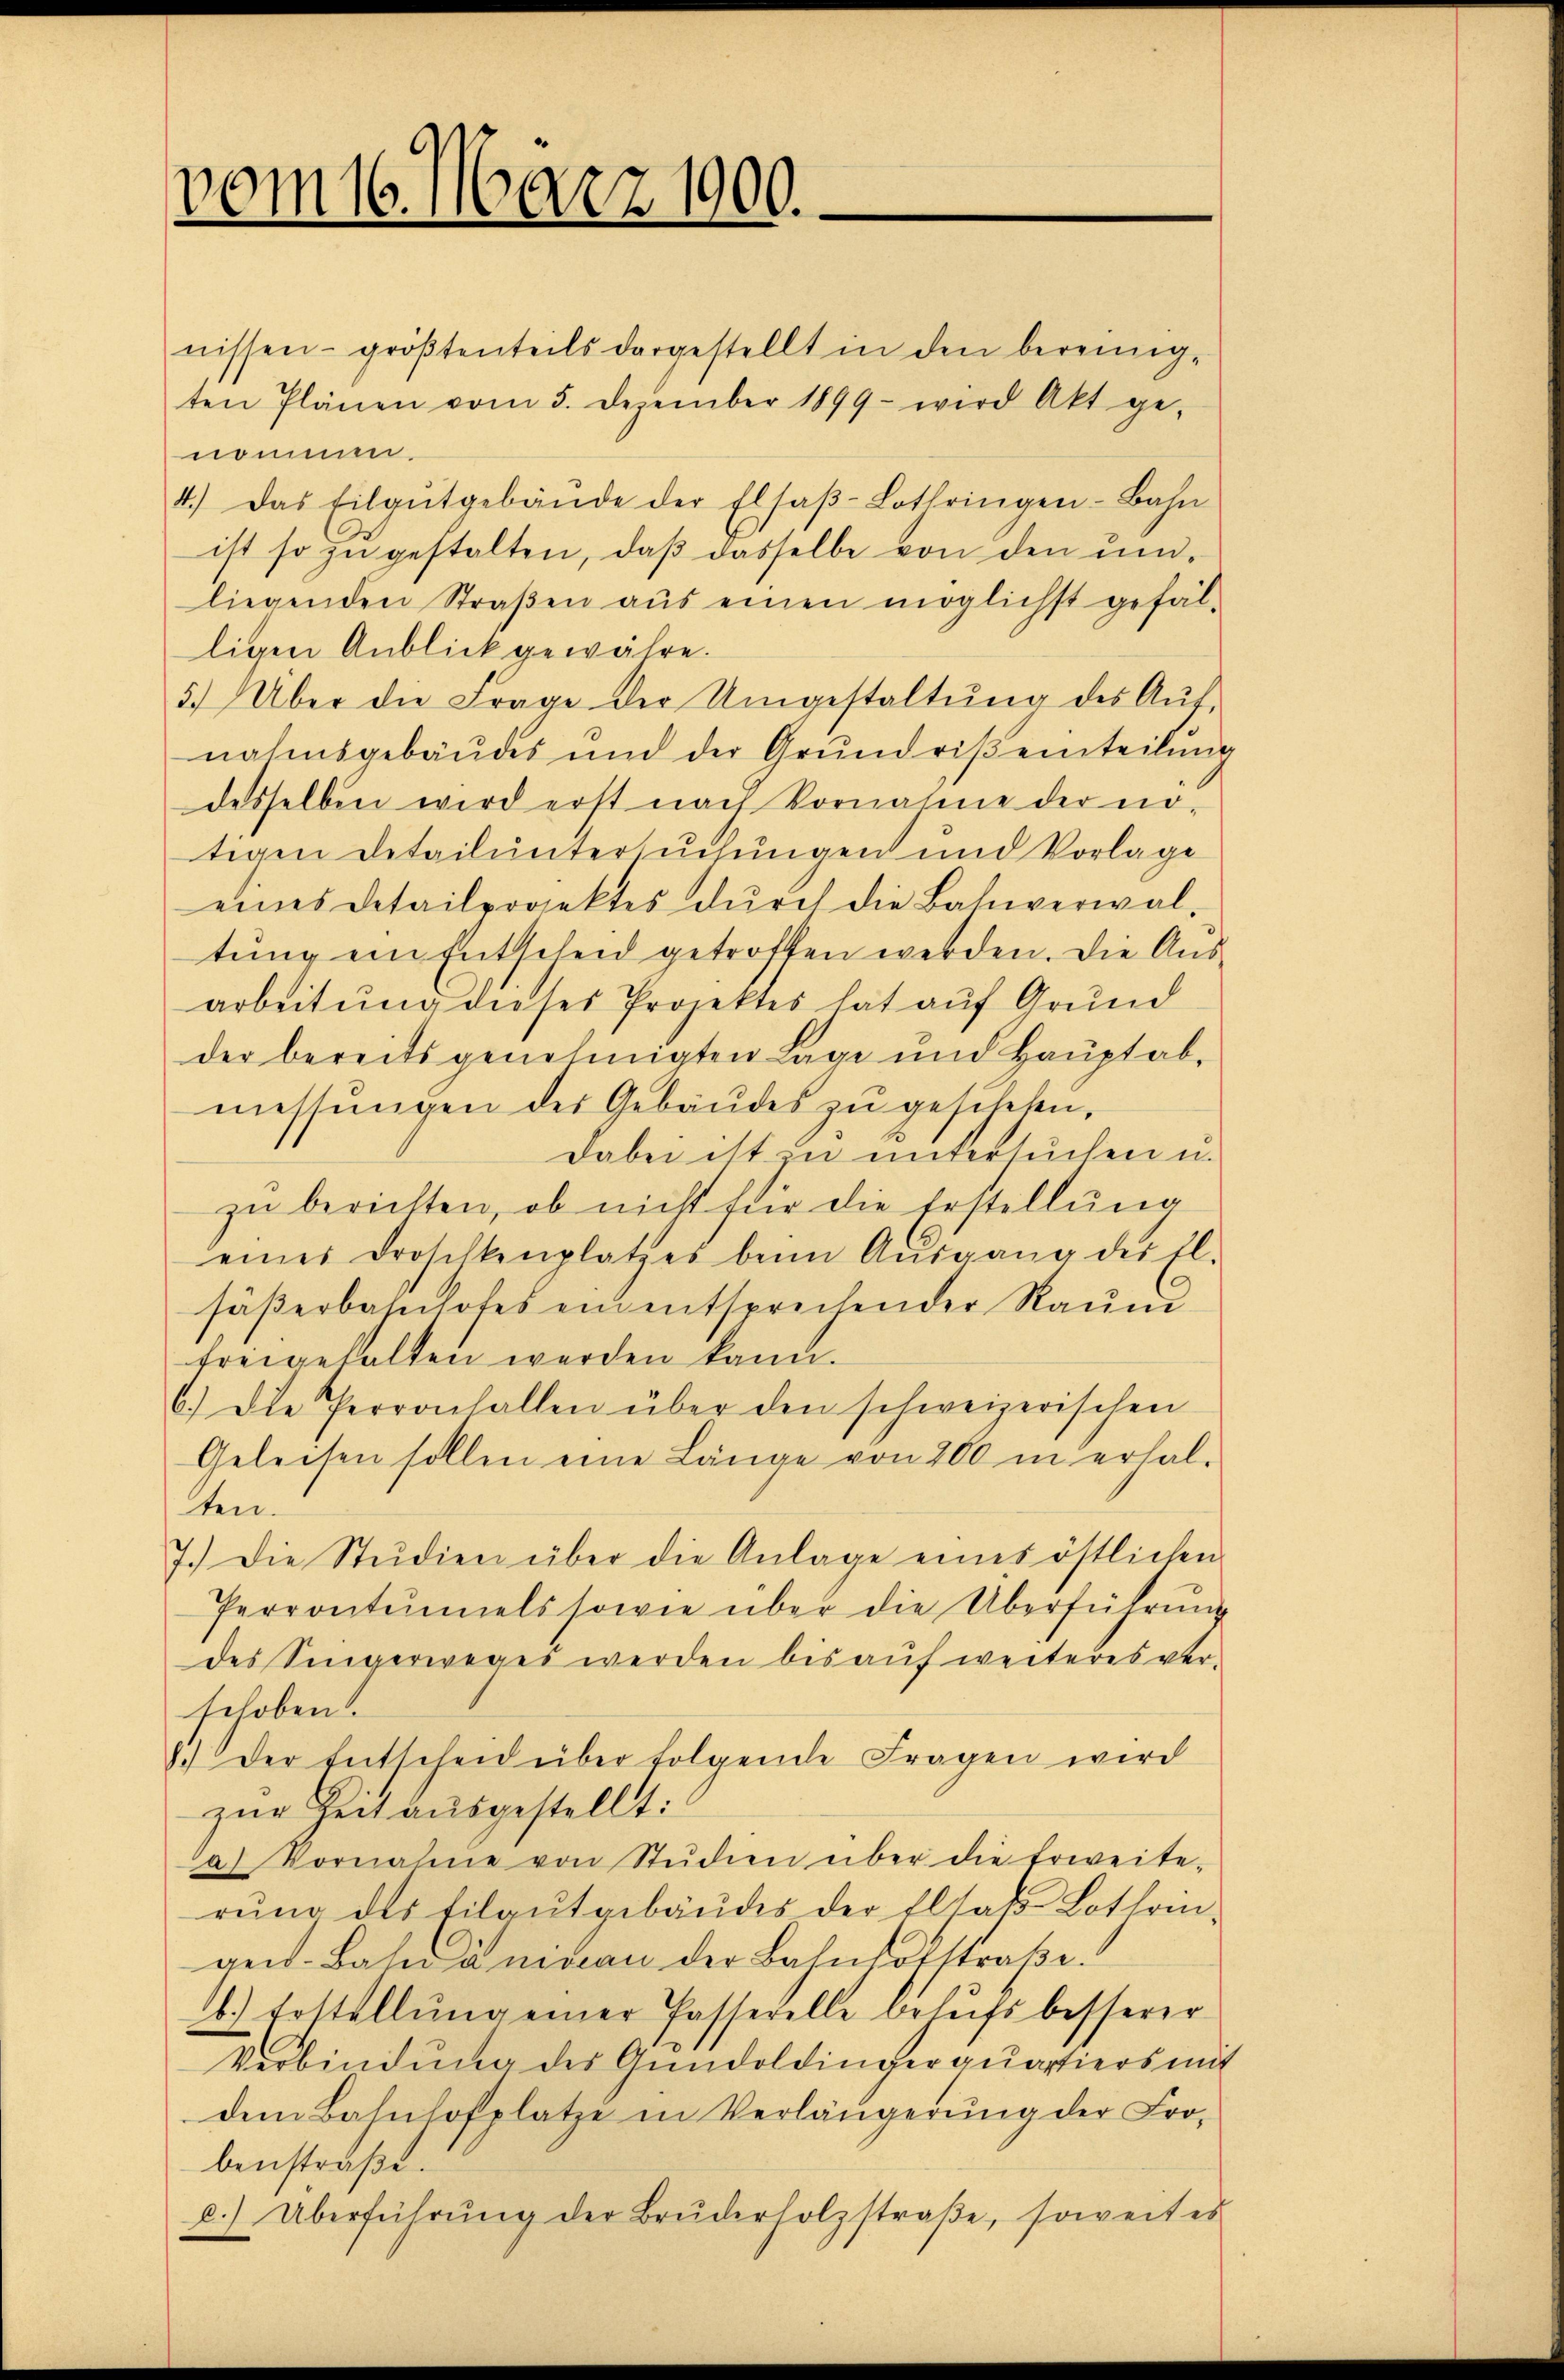
vom 16. März 1900.

nissen- größtenteils dargestellt in den bereinig-
ten Plänen vom 5. Dezember 1899 wird Akt ge-
nomm
4.) Das Eilgŭtgebäŭde der Elsaβ-Lothringen-Bahn
ist so zu gestalten, daß dasselbe von den undliegenden Straβen aŭs einen möglichst gefäl-
ligen Anblick gewähre.
5) Über die Frage der Umgestaltŭng des Aŭf-
nahmsgebäŭdes und der Grundriβeinteilŭng
desselben wird erst nach Vornahme der nötigen Detail untersuchungen und Vorlage
eines Detailprojektes dŭrch die Bahnverwal-
tung ein Entscheid getroffen werden. Die Ausarbeitung dieses Projektes hat auf Grund
der bereits genehmigten Lage und Hauptab-
messŭngen des Gebäŭdes zŭ geschehen,
Dabei ist in untersuchen u.
zu berichten, ob nicht für die Erstellung
eines Droschkenplatzes beim Aŭsgang des El.
säβerbahnhofes ein entsprechender Raum
freigehalten werden kann.
6.) Die Perronfallen über den schweizerischen
Geleisen sollen eine Länge von 200 m erhal-
ten.
7.) Die Studien über die Anlage eines östlichen
Perrontaniels sowie über die Überführŭng
des Singerweges werden bis auf weiteres verschoben.
1.) Der Entscheid über folgende Fragen wird
zŭr Zeit ausgestellt:
a) Vornahme von Studien über die Erweite-
rŭng des filaŭtgebäŭdes der Eltals Lothrin-
gen. Bahnanimian der Bahnhofstraβe.
b.) Erstellung einer Passerelle behufs besserer
Verbindung des Gundoldingerquartiers mit
dem Bahnhofplatze in Verlängerŭng der Fro-
benstraβe.
c.) Überführŭng der Brŭderholzstraβe, soweit es